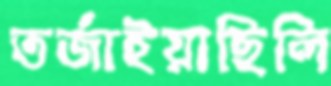
তর্জাইয়াছিলি